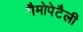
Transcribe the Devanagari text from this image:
गैमोपेटैली